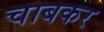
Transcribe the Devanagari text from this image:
चाबकर